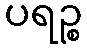
ပရဉ္စ